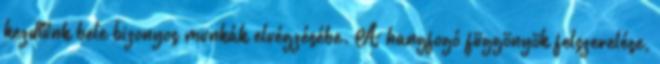
kezdtünk bele bizonyos munkák elvégzésébe. A hangfogó függönyök felszerelése,